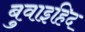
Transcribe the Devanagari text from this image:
बुवाइहिद